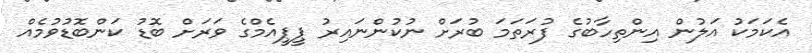
އެކަމަކު އަލުން އިންތިހާބުގެ ފުރަތަމަ ބުރަށް ނުކުންނައިރު ޕީޕީއެމްގެ ވަރަށް ބޮޑު ކަންބޮޑުވުމެއް